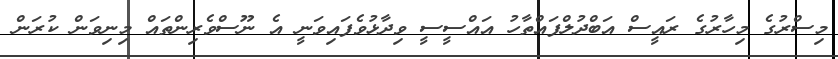
މިސްރުގެ މިހާރުގެ ރައީސް އަބްދުލްފައްތާހު އައްސީސީ ވިދާޅުވެފައިވަނީ އެ ނޫސްވެރިންތައް މިނިވަން ކުރަން